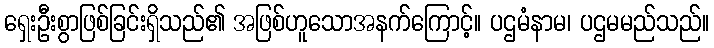
ရှေးဦးစွာဖြစ်ခြင်းရှိသည်၏ အဖြစ်ဟူသောအနက်ကြောင့်။ ပဌမံနာမ၊ ပဌမမည်သည်။